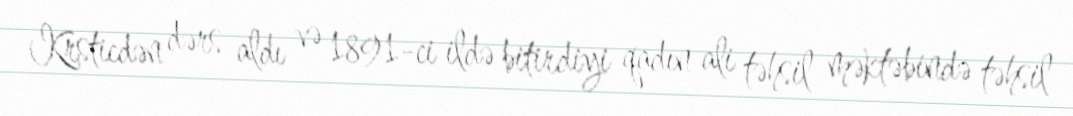
Krsticdən dərs aldı və 1891-ci ildə bitirdiyi qadın ali təhsil məktəbində təhsil